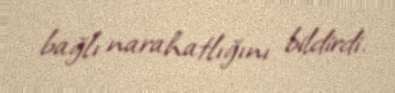
bağlı narahatlığını bildirdi.